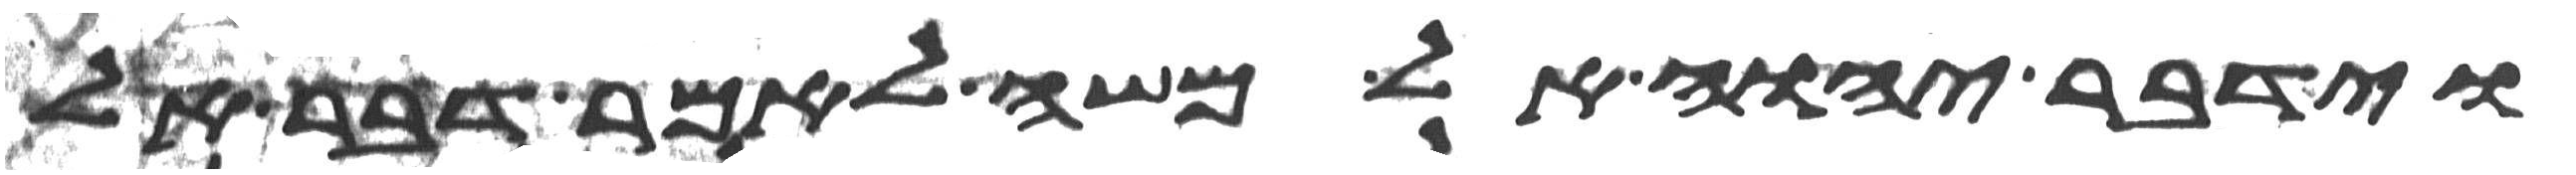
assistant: וידבר יהוה אל משה לאמר דבר אל